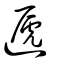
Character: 逓